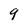
Character: g